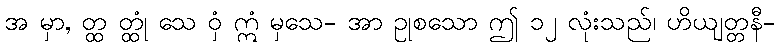
အ မှာ, တ္ထ တ္ထုံ သေ ဝှံ ဣံ မှသေ- အာ ဥုစသော ဤ ၁၂ လုံးသည်၊ ဟိယျတ္တနီ-